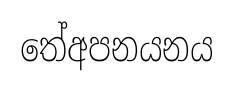
තේඅපනයනය